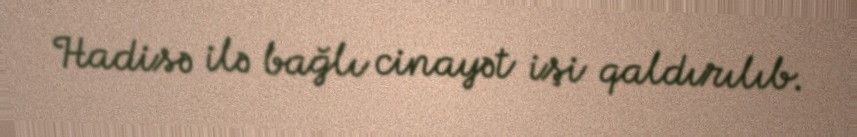
Hadisə ilə bağlı cinayət işi qaldırılıb.